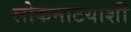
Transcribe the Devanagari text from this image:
लोकनाटयाशी